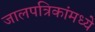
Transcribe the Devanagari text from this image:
जालपत्रिकांमध्ये